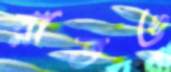
রাতও